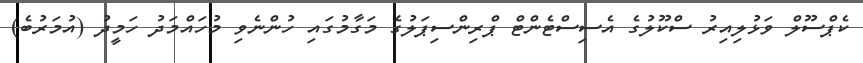
ކެޕްސޫލް ވަޅުލިއިރު ސްކޫލުގެ އެސިސްޓެންޓް ޕްރިންސިޕަލުގެ މަގާމުގައި ހުންނެވި މުހައްމަދު ހަމީދު (އުމަރުބެ)